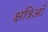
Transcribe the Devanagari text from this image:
क्षत्रिऑँ